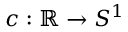
c : \mathbb { R } \to S ^ { 1 }